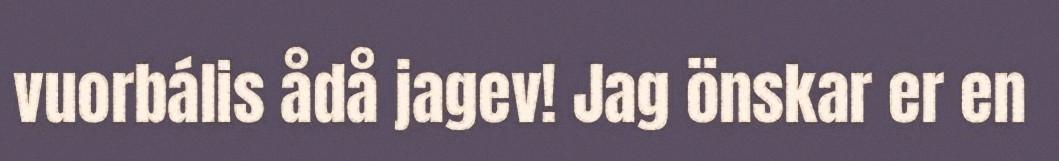
vuorbális ådå jagev! Jag önskar er en